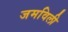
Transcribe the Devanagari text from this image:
जमविली